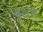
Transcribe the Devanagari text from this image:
पेटंटस